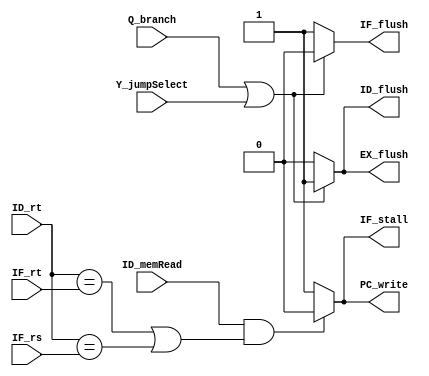
module HazardDetectionUnit( ID_memRead, Q_branch, Y_jumpSelect, IF_rs, IF_rt, ID_rt, IF_flush, ID_flush, EX_flush, IF_stall,PC_write );

//I/O ports 
input	ID_memRead;
input	Q_branch;
input	Y_jumpSelect;
input [4:0]	IF_rs;
input [4:0]	IF_rt;
input [4:0]	ID_rt;

output  IF_flush;
output	ID_flush;
output  EX_flush;
output	IF_stall;
output	PC_write;


//Main function
assign  IF_flush = (Q_branch==1)||(Y_jumpSelect==1) ?0 :1;
assign  ID_flush = (Q_branch==1)||(Y_jumpSelect==1) ?1 :0;
assign  EX_flush = (Q_branch==1)||(Y_jumpSelect==1) ?1 :0;
assign  IF_stall = (ID_memRead && (ID_rt==IF_rt || ID_rt==IF_rs)) ?0 :1;
assign  PC_write = (ID_memRead && (ID_rt==IF_rt || ID_rt==IF_rs)) ?0 :1;


endmodule